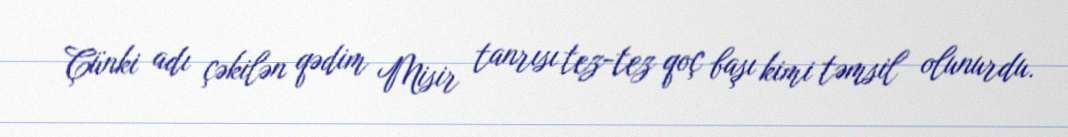
Çünki adı çəkilən qədim Misir tanrısı tez-tez qoç başı kimi təmsil olunurdu.